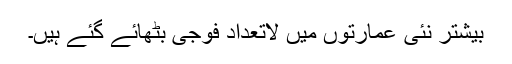
بیشتر نئی عمارتوں میں لاتعداد فوجی بٹھائے گئے ہیں۔